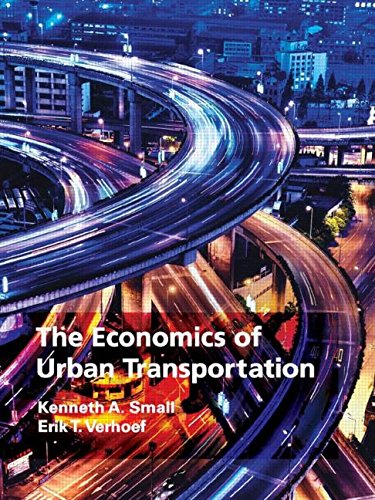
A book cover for The Economics of Urban Transportation; Kenneth Small; Engineering & Transportation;